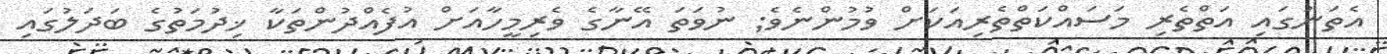
އެތަނުގައި އަތްތެރި މަސައްކަތްތެރިއަކަށް ވުމުންނެވެ; ނުވަތަ އޭނާގެ ވެރިމީހާއަށް އުފެއްދުންތަކާ ޚިދުމަތުގެ ބަދަލުގައި